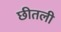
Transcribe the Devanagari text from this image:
छीतली